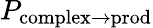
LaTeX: P_{\mathrm{complex}\to\mathrm{prod}}